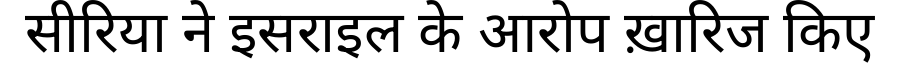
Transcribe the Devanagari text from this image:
सीरिया ने इसराइल के आरोप ख़ारिज किए